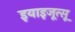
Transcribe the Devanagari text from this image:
इयाइजूत्सू